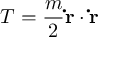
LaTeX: T = { \frac { m } { 2 } } \mathbf { \dot { r } } \cdot \mathbf { \dot { r } }